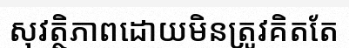
សុវត្ថិភាពដោយមិនត្រូវគិតតែ